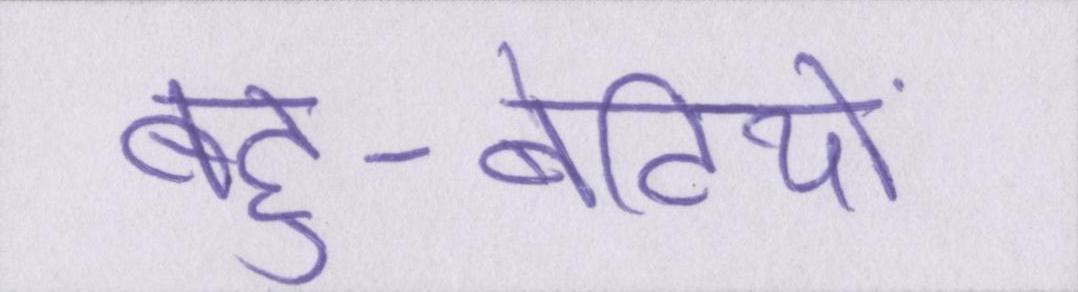
बहु-बेटियों